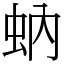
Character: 蚋